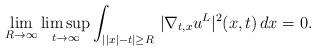
LaTeX: \begin{align*}\lim_{R\to\infty}\limsup_{t\to\infty}\int_{||x|-t|\ge R}\,|\nabla_{t,x}u^L|^2(x,t)\,dx=0.\end{align*}